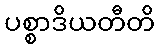
ပစ္စာဒိယတီတိ